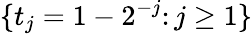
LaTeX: \{ t_{j}=1-2^{-j}\colon j\geq 1\}